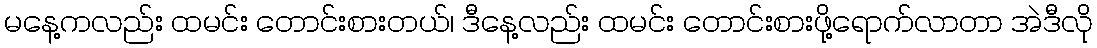
မနေ့ကလည်း ထမင်း တောင်းစားတယ်၊ ဒီနေ့လည်း ထမင်း တောင်းစားဖို့ရောက်လာတာ အဲဒီလို